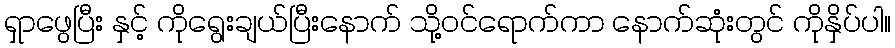
ရှာဖွေပြီး နှင့် ကိုရွေးချယ်ပြီးနောက် သို့ဝင်ရောက်ကာ နောက်ဆုံးတွင် ကိုနှိပ်ပါ။